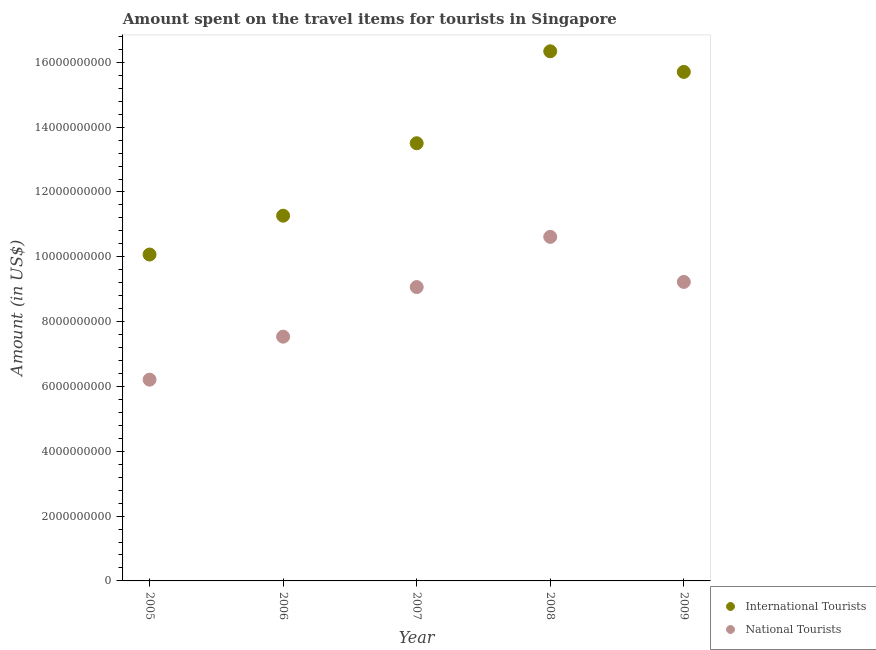
| Year | International Tourists | National Tourists |
 | --- | --- | --- |
 | 2005 | 1.01e+10 | 6.21e+09 |
 | 2006 | 1.13e+10 | 7.54e+09 |
 | 2007 | 1.35e+10 | 9.07e+09 |
 | 2008 | 1.63e+10 | 1.06e+10 |
 | 2009 | 1.57e+10 | 9.22e+09 |